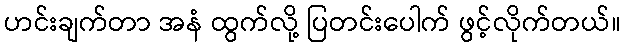
ဟင်းချက်တာ အနံ ထွက်လို့ ပြတင်းပေါက် ဖွင့်လိုက်တယ်။